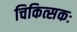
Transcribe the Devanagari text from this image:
चिकित्सकः